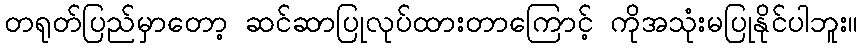
တရုတ်ပြည်မှာတော့ ဆင်ဆာပြုလုပ်ထားတာကြောင့် ကိုအသုံးမပြုနိုင်ပါဘူး။